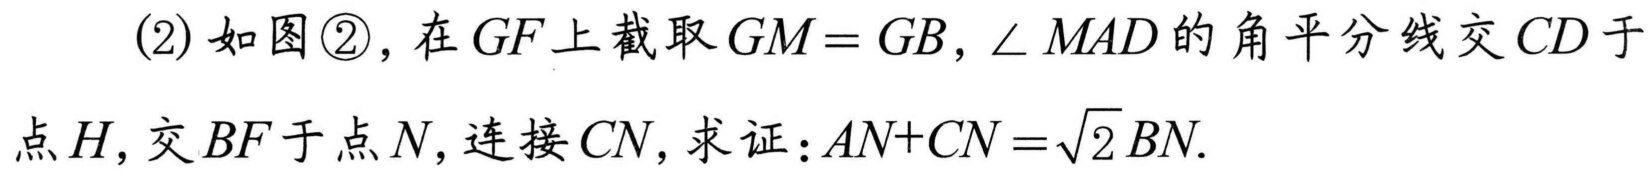
(2) 如图\textcircled{2}，在\(GF\)上截取\(GM = GB\)，\(\angle MAD\)的角平分线交\(CD\)于点\(H\)，交\(BF\)于点\(N\)，连接\(CN\)，求证：\(AN + CN=\sqrt{2}BN\).